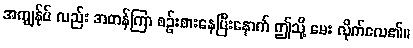
အကျွန်ုပ် လည်း အတန်ကြာ စဉ်းစားနေပြီးနောက် ဤသို့ မေး လိုက်လေ၏။